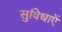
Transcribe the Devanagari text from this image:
सुविधाएें